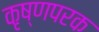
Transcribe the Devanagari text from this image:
कृष्णपरक